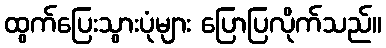
ထွက်ပြေးသွားပုံများ ပြောပြလိုက်သည်။